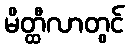
မိတ္ထီလာတွင်